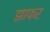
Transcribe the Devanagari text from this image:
झाफर